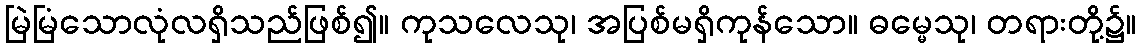
မြဲမြံသောလုံလရှိသည်ဖြစ်၍။ ကုသလေသု၊ အပြစ်မရှိကုန်သော။ ဓမ္မေသု၊ တရားတို့၌။